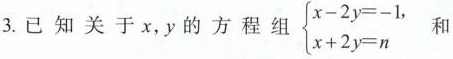
3. 已 知 关 于 x，y 的 方 程 组 $$\left\{ \begin{matrix} x-2y=-1, \\ x+2y=n \\ \end{matrix} \right$$ 和